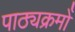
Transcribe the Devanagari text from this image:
पाठ्यक्रमोँ